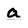
Character: a